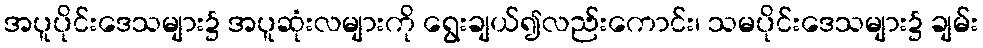
အပူပိုင်းဒေသများ၌ အပူဆုံးလများကို ရွေးချယ်၍လည်းကောင်း၊ သမပိုင်းဒေသများ၌ ချမ်း